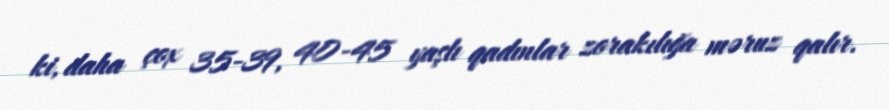
ki, daha çox 35-39, 40-45 yaşlı qadınlar zorakılığa məruz qalır.